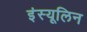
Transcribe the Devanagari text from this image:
इंस्यूलिन